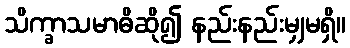
သိက္ခာသမာဓိဆို၍ နည်းနည်းမျှမရှိ။